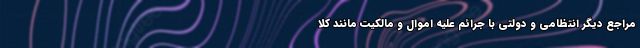
مراجع دیگر انتظامی و دولتی با جرائم علیه اموال و مالکیت مانند کلا